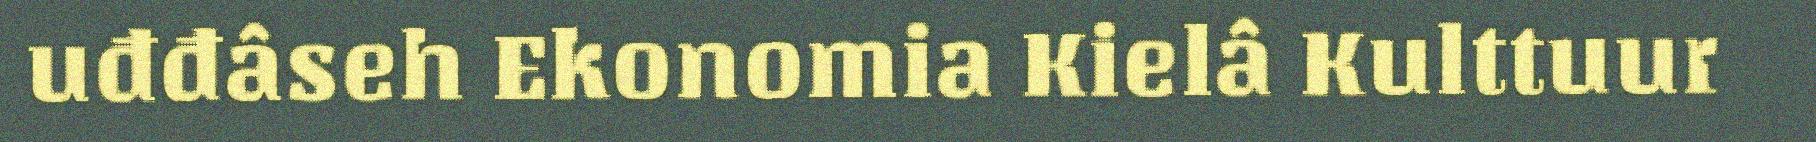
uđđâseh Ekonomia Kielâ Kulttuur